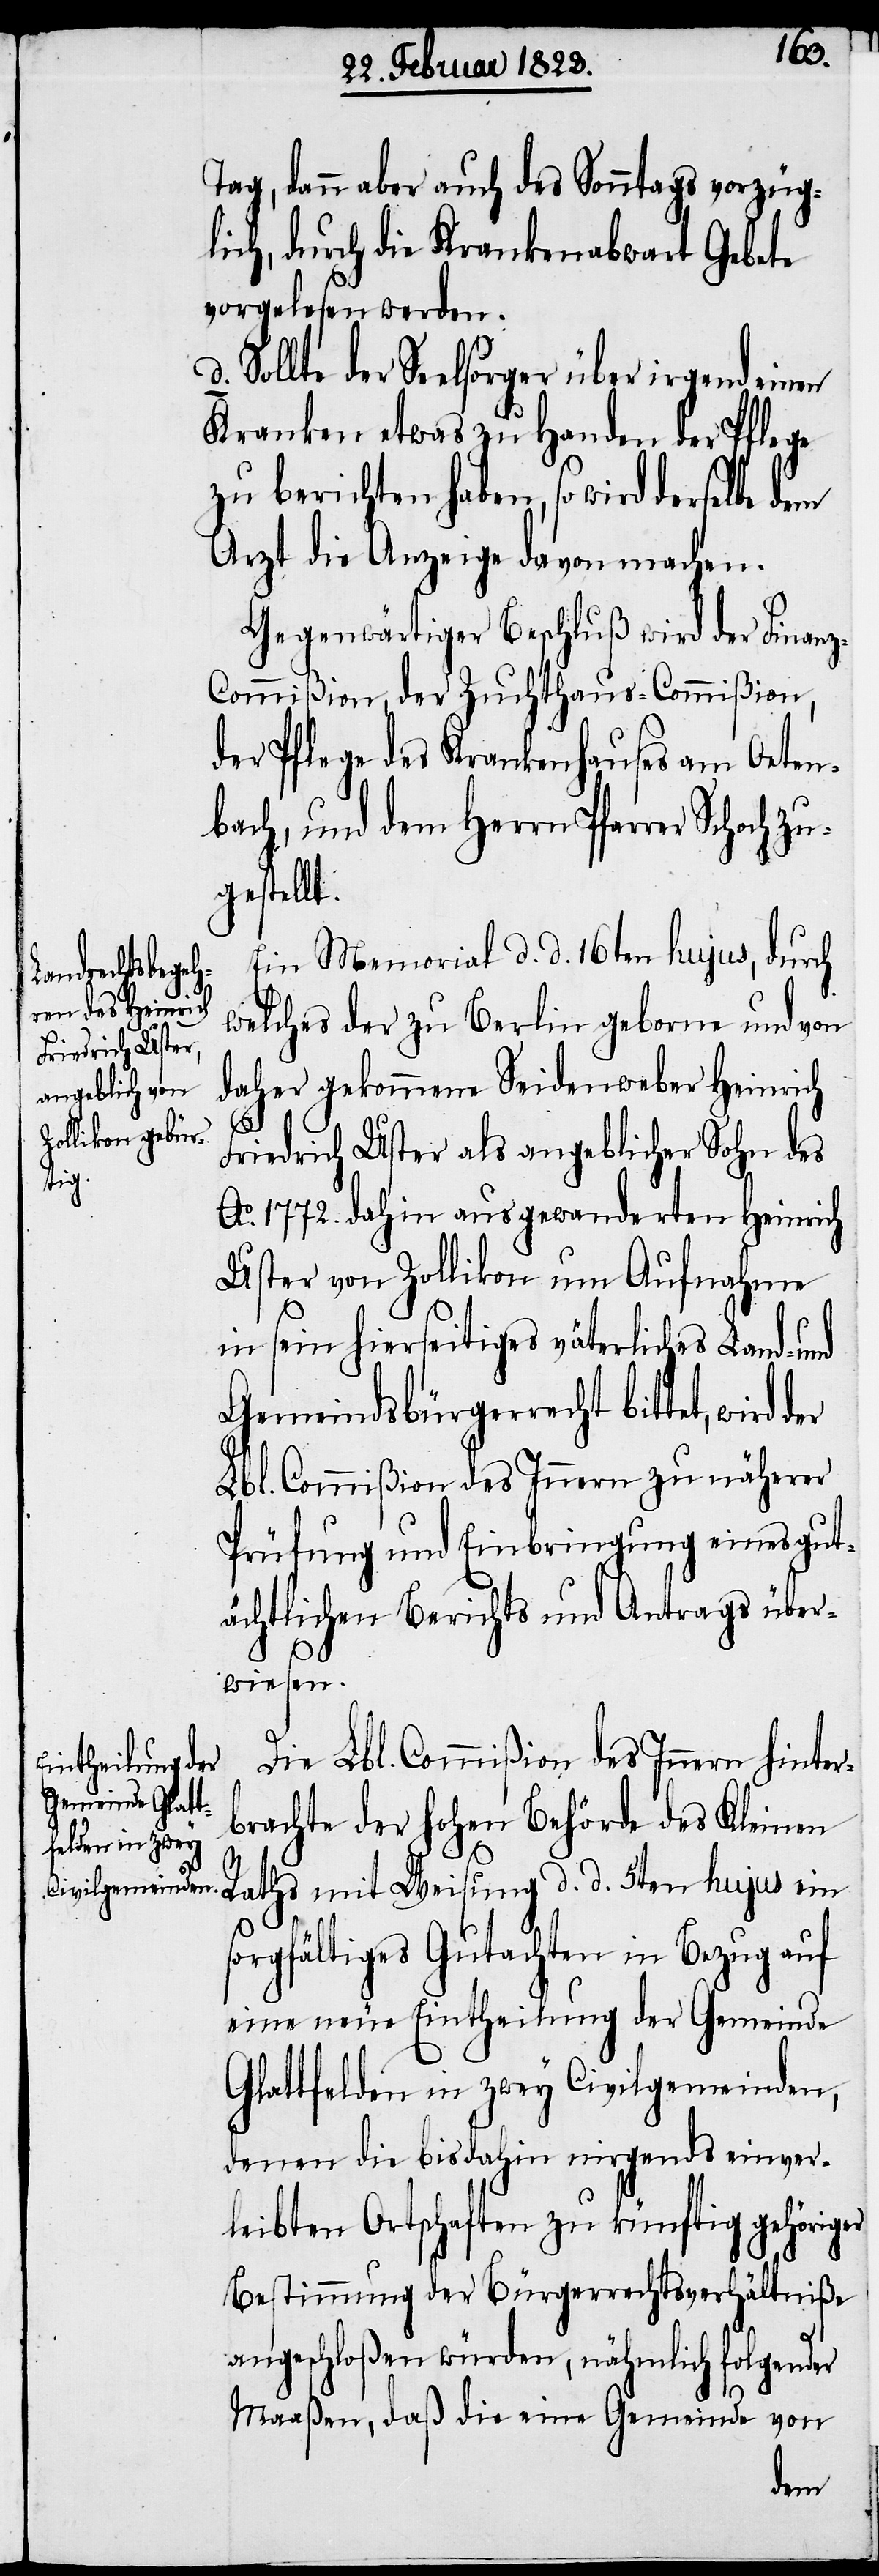
Tag, dann aber auch des Sonntags vorzüg¬
lich, durch die Krankenabwart Gebete
vorgelesen werden.
Sollte der Seelsorger über irgend einen
Kranken etwas zu Handen der Pflege
zu berichten haben, so wird derselbe
Arzt die Anzeige davon machen.
Gegenwärtiger Beschluß wird der Finan¬
z-Commißion, der Zuchthaus-Commißion,
der Pflege des Krankenhauses am Oeten¬
bach, und dem Herrn Pfarrer Schoch z¬
ugestellt.
Ein Memorial d. d. 16ten hujus, durch
welches der zu Berlin geborne und von
daher gekommene Seidenweber Heinrich
Friedrich Uster als angeblicher Sohn des
Ao. 1772. dahin ausgewanderten Heinrich
Uster von Zollikon um Aufnahme
in sein hierseitiges väterliches Land- und
Gemeindsbürgerrecht bittet, wird
Lbl. Commißion des Innern zu näherer
Prüfung und Einbringung eines gut¬
ächtlichen Berichts und Antrags über¬
wiesen.
Die Lbl. Commißion des Innern hinter¬
brachte der hohen Behörde des Kleinen
sorgfältiges Gutachten in Bezug auf
eine neue Eintheilung der Gemeinde
Glattfelden in zwey Civilgemeinden,
denen die bisdahin nirgends einver¬
leibten Ortschaften zu künftig gehöriger
Bestimmung der Bürgerrechtsverhältniße
angeschloßen würden, nähmlich folgender
Maaßen, daß die eine Gemeinde von
der